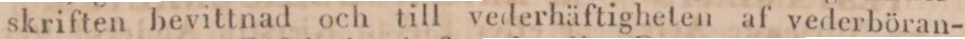
skriften bevittnad och till vederhäftigheten af vederböran-